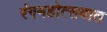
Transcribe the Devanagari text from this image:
रंगमहोत्सवात